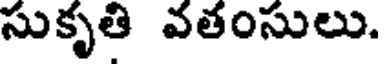
సుకృతి వతంసులు.